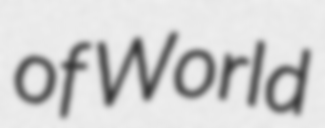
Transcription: of World